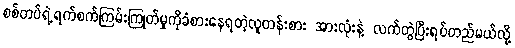
စစ်တပ်ရဲ့ရက်စက်ကြမ်းကြုတ်မှုကိုခံစားနေရတဲ့လူတန်းစား အားလုံးနဲ့ လက်တွဲပြီးရပ်တည်မယ်လို့